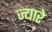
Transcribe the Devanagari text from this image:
ज्यारे